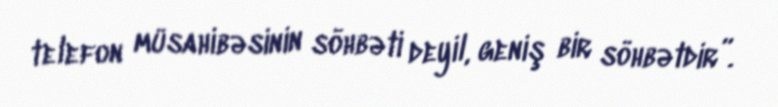
telefon müsahibəsinin söhbəti deyil, geniş bir söhbətdir”.